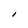
Character: I